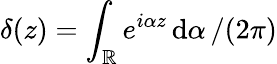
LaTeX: \delta(z)=\int_{\mathbb{R}}e^{i\alpha z}\, {\mathrm{d}\alpha}\, /(2\pi)